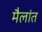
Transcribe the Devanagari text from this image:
मैलांत